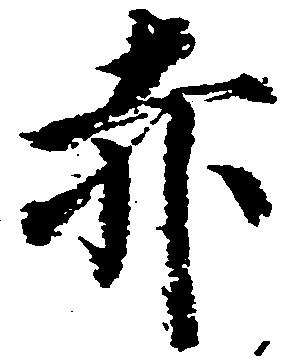
赤